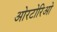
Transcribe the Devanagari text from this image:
ओरटोरिओ